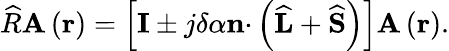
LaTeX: \widehat{R}\mathbf{A}\left(\mathbf{r}\right)=\left[\mathbf{I}\pm j\delta\alpha\mathbf{n\cdot}\left(\widehat{\mathbf{L}}+\widehat{\mathbf{S}}\right)\right]\mathbf{A}\left(\mathbf{r}\right).